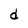
Character: d